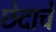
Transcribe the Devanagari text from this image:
छेदाचे